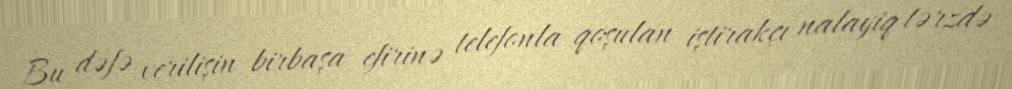
Bu dəfə verilişin birbaşa efirinə telefonla qoşulan iştirakçı nalayiq tərzdə